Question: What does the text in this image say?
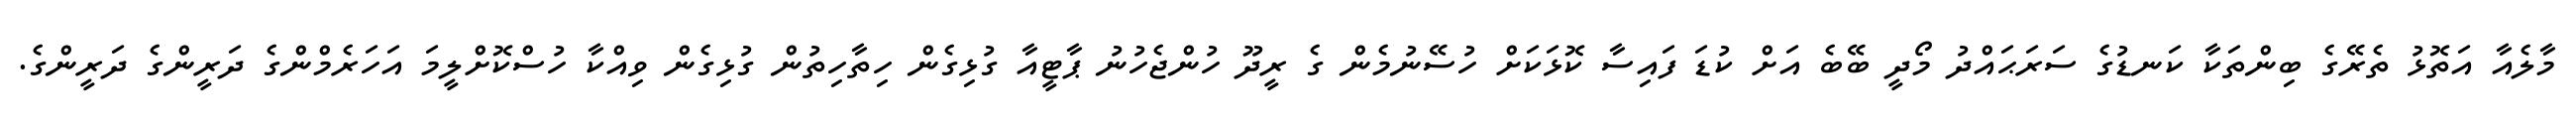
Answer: މާލެއާ އަތޮޅު ތެރޭގެ ބިންތަކާ ކަނޑުގެ ސަރަޙައްދު މޯދީ ބޭބެ އަށް ކުޑަ ފައިސާ ކޮޅަކަށް ހުސޭނުމެން ގެ ރީދޫ ހުންޖެހުނު ޕާޓީއާ ގުޅިގެން ހިތާހިތުން ގުޅިގެން ވިއްކާ ހުސްކޮށްލީމަ އަހަރެމްންގެ ދަރީންގެ ދަރީންގެ.